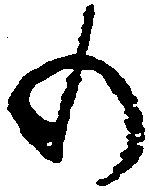
の